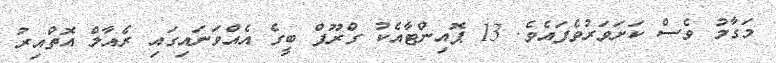
މަގާމު ވެސް ކަށަވަރުވެފައެވެ. 13 ޕޮއިންޓާއެކު ގްރޫޕް ބީގެ އެއްވަނައިގައި ރެއާލް އޮތްއިރު